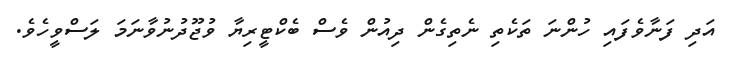
އަދި ފަނާވެފައި ހުންނަ ތަކެތި ނެތިގެން ދިއުން ވެސް ބެކްޓީރިޔާ ވުޖޫދުނުވާނަމަ ލަސްވީހެވެ.